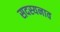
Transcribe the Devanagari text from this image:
सदस्यनाव